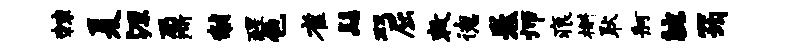
棘夏源鼐黼醒色雀髻双屈敕德卷师痕槲耿舸腕筠